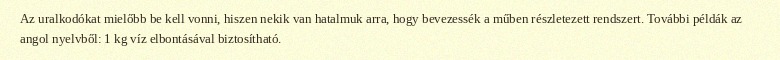
Az uralkodókat mielőbb be kell vonni, hiszen nekik van hatalmuk arra, hogy bevezessék a műben részletezett rendszert. További példák az angol nyelvből: 1 kg víz elbontásával biztosítható.